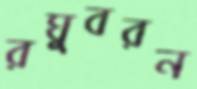
রঘুবরন